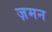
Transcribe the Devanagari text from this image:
ज़मन